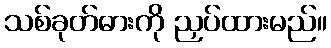
သစ်ခုတ်ဓားကို ညှပ်ထားမည်။